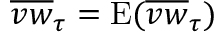
\overline { { v w } } _ { \tau } = \mathrm { E } ( \overline { { v w } } _ { \tau } )